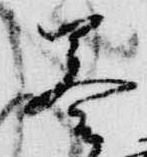
奏